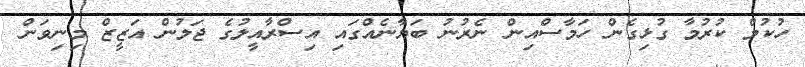
ހުކުމް ކުރުމާ ގުޅިގެން ހަމާސްއިން ނެރުނު ބަޔާނެއްގައި އިސްރާއީލުގެ ޖަލުން އަޒީޒް މިނިވަން